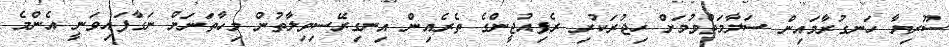
ސޫރިޔާ ހަނގުރާމައިން ސަލާމަތްވުމަށް ހިޖުރަކުރި ރެފިއުޖީންގެ ތެރެއިން އިނގިރޭސިވިލާތުން މިހާތަނަށް ނަގާފައިވަނީ އެންމެ